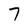
Character: 7